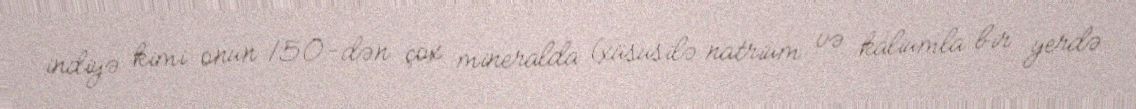
indiyə kimi onun 150-dən çox mineralda (xüsusilə natrium və kaliumla bir yerdə